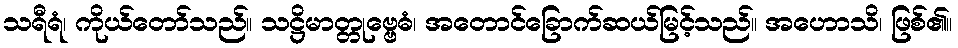
သရီရံ၊ ကိုယ်တော်သည်။ သဋ္ဌိမာတ္တုဗ္ဗေဓံ၊ အတောင်ခြောက်ဆယ်မြင့်သည်။ အဟောသိ၊ ဖြစ်၏။